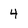
Character: 4